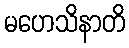
မဟေသိနာတိ